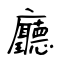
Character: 廳